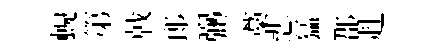
蜺第㦸郎弼藁悲猛郡赴